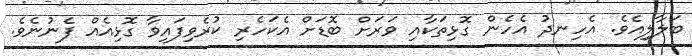
ބަލާލިއެވެ. އެހިނދު އެހެން ގޮޅިތަކާއި ވަރަށް ބޮޑަށް އެކަހެރި ކުރެވިފައިވާ ގޮޅިއެއް ފެނުނެވެ.